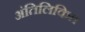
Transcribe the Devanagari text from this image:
अंतिलिकित